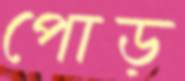
পোড়